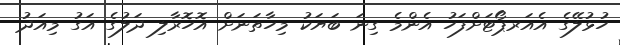
ހުޅުލޭގެ އެއަރޕޯޓަށްފަހު އެންމެ ގިނަ ބަޔަކު މިހާތަނަށް އޮހޮރާލި ދަލުގެ އަގު މިއަދު